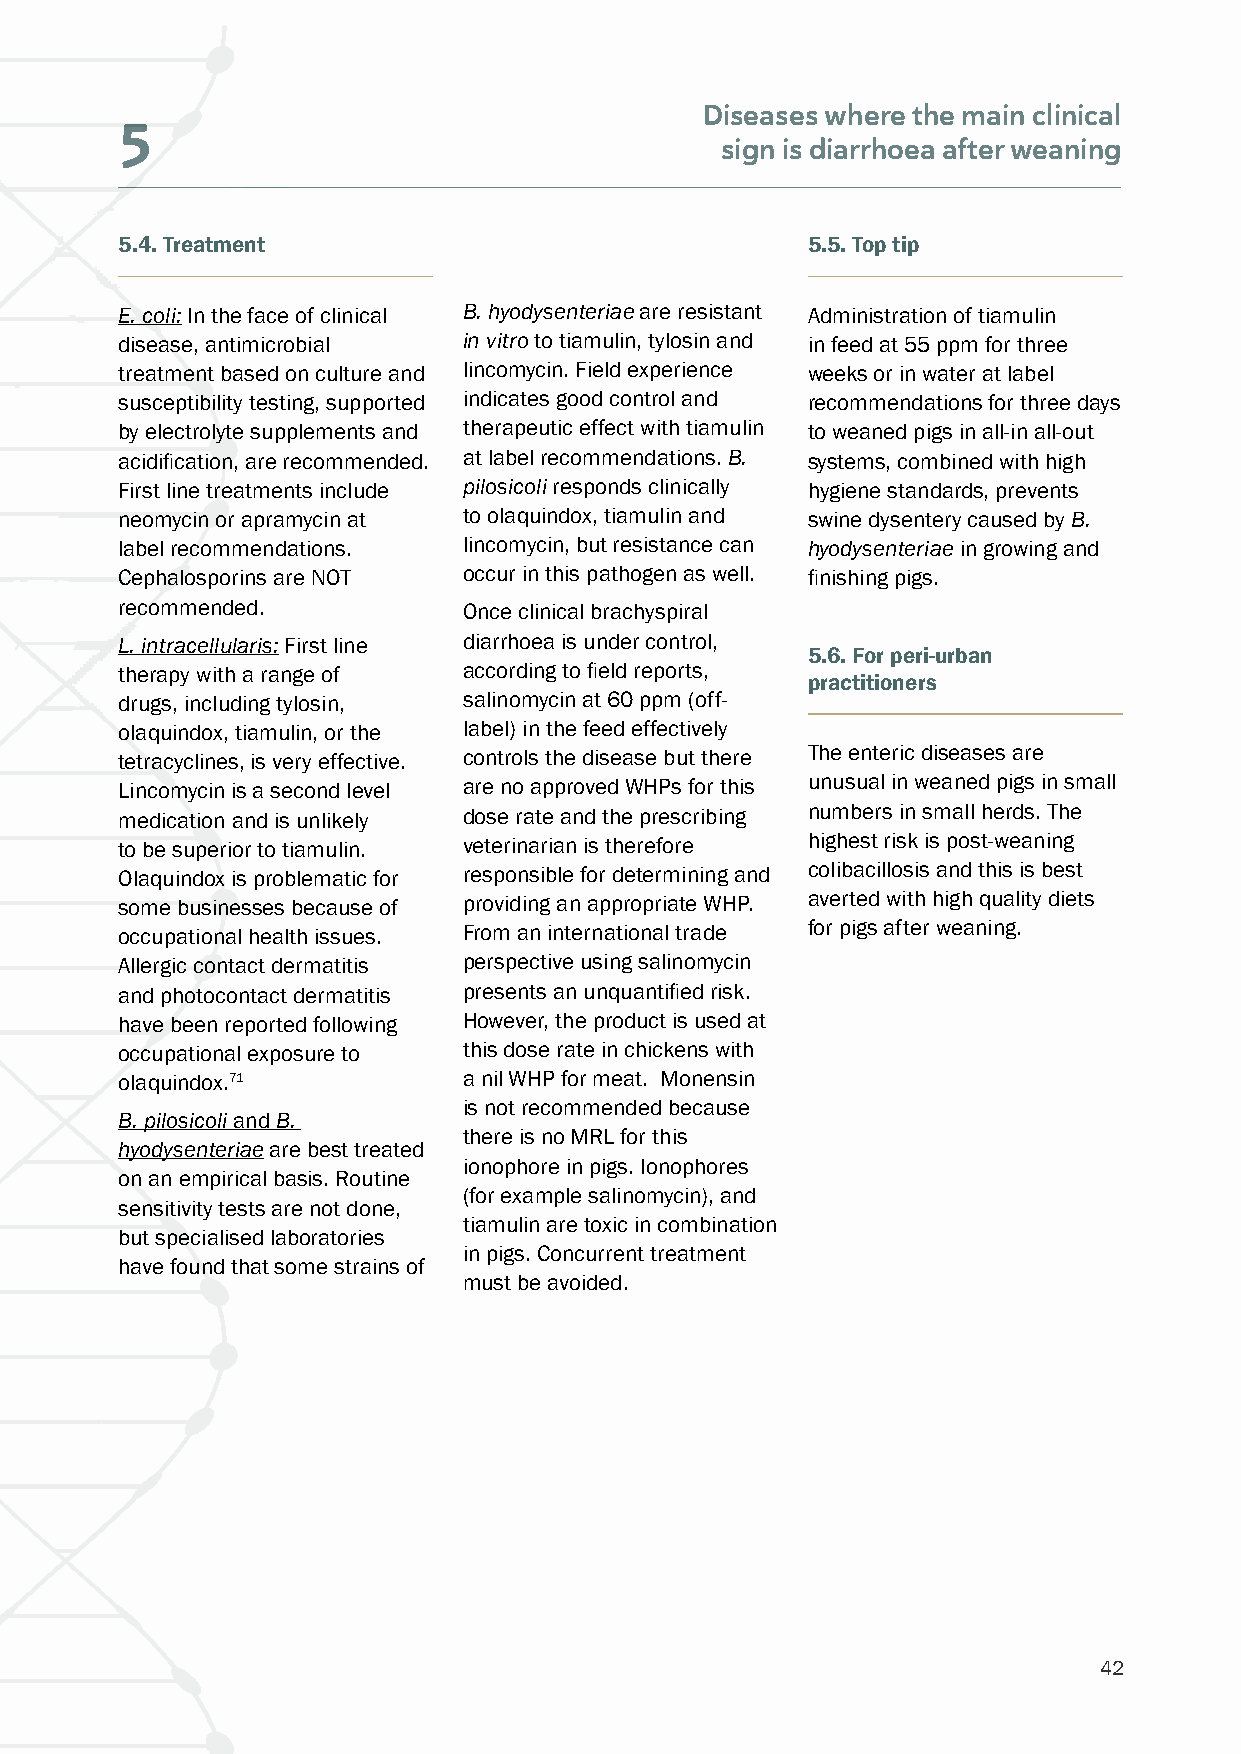
Diseases where the main clinical
 5
 sign is diarrhoea after weaning
 5.4. Treatment                               5.5. Top tip
 E. coli: In the face of clinical B. hyodysenteriae are resistant Administration of tiamulin
 disease, antimicrobial in vitro to tiamulin, tylosin and in feed at 55 ppm for three
 treatment based on culture and lincomycin. Field experience weeks or in water at label
 susceptibility testing, supported indicates good control and recommendations for three days
 by electrolyte supplements and therapeutic effect with tiamulin to weaned pigs in all-in all-out
 acidification, are recommended. at label recommendations. B. systems, combined with high
 First line treatments include pilosicoli responds clinically hygiene standards, prevents
 neomycin or apramycin at to olaquindox, tiamulin and swine dysentery caused by B.
 label recommendations. lincomycin, but resistance can hyodysenteriae in growing and
 Cephalosporins are NOT occur in this pathogen as well. finishing pigs.
 recommended.           Once clinical brachyspiral
 L. intracellularis: First line diarrhoea is under control,
 5.6. For peri-urban
 therapy with a range of according to field reports,
 practitioners
 drugs, including tylosin, salinomycin at 60 ppm (off-
 olaquindox, tiamulin, or the label) in the feed effectively
 tetracyclines, is very effective. controls the disease but there The enteric diseases are
 Lincomycin is a second level are no approved WHPs for this unusual in weaned pigs in small
 medication and is unlikely dose rate and the prescribing numbers in small herds. The
 to be superior to tiamulin. veterinarian is therefore highest risk is post-weaning
 Olaquindox is problematic for responsible for determining and colibacillosis and this is best
 some businesses because of providing an appropriate WHP. averted with high quality diets
 occupational health issues. From an international trade for pigs after weaning.
 Allergic contact dermatitis perspective using salinomycin
 and photocontact dermatitis presents an unquantified risk.
 have been reported following However, the product is used at
 occupational exposure to this dose rate in chickens with
 olaquindox.71          a nil WHP for meat. Monensin
 is not recommended because
 B. pilosicoli and B.
 there is no MRL for this
 hyodysenteriae are best treated
 ionophore in pigs. Ionophores
 on an empirical basis. Routine
 (for example salinomycin), and
 sensitivity tests are not done,
 tiamulin are toxic in combination
 but specialised laboratories
 in pigs. Concurrent treatment
 have found that some strains of
 must be avoided.
 42